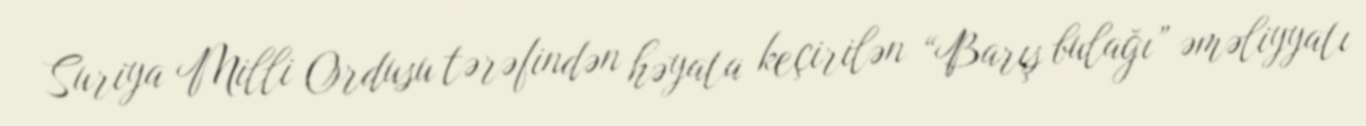
Suriya Milli Ordusu tərəfindən həyata keçirilən “Barış bulağı” əməliyyatı